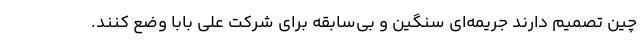
چین تصمیم دارند جریمه‌ای سنگین و بی‌سابقه برای شرکت علی بابا وضع کنند.